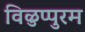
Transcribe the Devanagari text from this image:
विळुप्पुरम